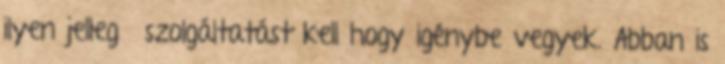
ilyen jellegű szolgáltatást kell hogy igénybe vegyek. Abban is